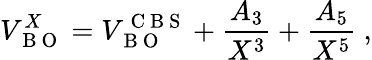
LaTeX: V_{\mathrm{~B~O~}}^{X}=V_{\mathrm{~B~O~}}^{\mathrm{~C~B~S~}}+\frac{A_{3}}{X^{3}}+\frac{A_{5}}{X^{5}}\ ,